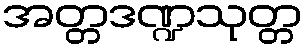
အတ္တဒဏ္ဍသုတ္တ